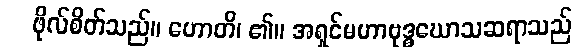
ဖိုလ်စိတ်သည်။ ဟောတိ၊ ၏။ အရှင်မဟာဗုဒ္ဓဃောသဆရာသည်